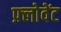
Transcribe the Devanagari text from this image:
फ़्लोवेंट